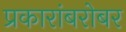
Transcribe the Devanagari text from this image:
प्रकारांबरोबर